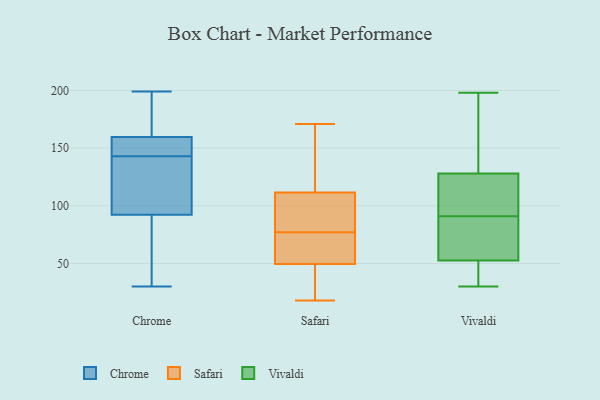
{"axis": {"x": "Gross Profit (USD K)", "y": "Value"}, "legend": ["Chrome", "Safari", "Vivaldi"], "data": [{"x": "", "y": 199, "type": "Chrome"}, {"x": "", "y": 93, "type": "Chrome"}, {"x": "", "y": 143, "type": "Chrome"}, {"x": "", "y": 152, "type": "Chrome"}, {"x": "", "y": 97, "type": "Chrome"}, {"x": "", "y": 153, "type": "Chrome"}, {"x": "", "y": 30, "type": "Chrome"}, {"x": "", "y": 152, "type": "Chrome"}, {"x": "", "y": 119, "type": "Chrome"}, {"x": "", "y": 180, "type": "Chrome"}, {"x": "", "y": 87, "type": "Chrome"}, {"x": "", "y": 90, "type": "Chrome"}, {"x": "", "y": 195, "type": "Chrome"}, {"x": "", "y": 18, "type": "Safari"}, {"x": "", "y": 150, "type": "Safari"}, {"x": "", "y": 19, "type": "Safari"}, {"x": "", "y": 27, "type": "Safari"}, {"x": "", "y": 95, "type": "Safari"}, {"x": "", "y": 76, "type": "Safari"}, {"x": "", "y": 102, "type": "Safari"}, {"x": "", "y": 152, "type": "Safari"}, {"x": "", "y": 171, "type": "Safari"}, {"x": "", "y": 42, "type": "Safari"}, {"x": "", "y": 101, "type": "Safari"}, {"x": "", "y": 57, "type": "Safari"}, {"x": "", "y": 71, "type": "Safari"}, {"x": "", "y": 76, "type": "Safari"}, {"x": "", "y": 78, "type": "Safari"}, {"x": "", "y": 121, "type": "Safari"}, {"x": "", "y": 38, "type": "Vivaldi"}, {"x": "", "y": 121, "type": "Vivaldi"}, {"x": "", "y": 58, "type": "Vivaldi"}, {"x": "", "y": 198, "type": "Vivaldi"}, {"x": "", "y": 74, "type": "Vivaldi"}, {"x": "", "y": 30, "type": "Vivaldi"}, {"x": "", "y": 117, "type": "Vivaldi"}, {"x": "", "y": 153, "type": "Vivaldi"}, {"x": "", "y": 47, "type": "Vivaldi"}, {"x": "", "y": 124, "type": "Vivaldi"}, {"x": "", "y": 41, "type": "Vivaldi"}, {"x": "", "y": 77, "type": "Vivaldi"}, {"x": "", "y": 75, "type": "Vivaldi"}, {"x": "", "y": 105, "type": "Vivaldi"}, {"x": "", "y": 132, "type": "Vivaldi"}, {"x": "", "y": 176, "type": "Vivaldi"}]}